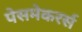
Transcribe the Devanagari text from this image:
पेसमेकरर्स